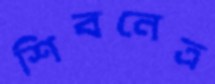
শিবনেত্র